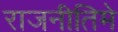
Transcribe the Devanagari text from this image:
राजनीतिमे